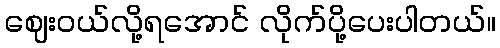
ဈေးဝယ်လို့ရအောင် လိုက်ပို့ပေးပါတယ်။